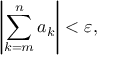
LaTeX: \left| \sum _ { k = m } ^ { n } a _ { k } \right| < \varepsilon ,